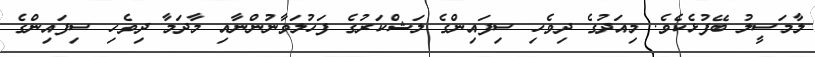
ލާމަސީލު ބޭފުޅެކެވެ. މިއަދުގެ ދިވެހި ސިފައިންގެ ލަޝްކަރުގެ ފަހުލަވާނުންނާއި މާދަމާ ދިވެހި ސިފައިންގެ